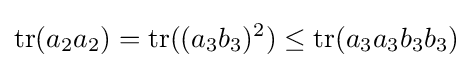
\operatorname {tr} (a_{2}a_{2})=\operatorname {tr} ((a_{3}b_{3})^{2})\leq \operatorname {tr} (a_{3}a_{3}b_{3}b_{3})